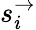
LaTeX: s_{i}^{\rightarrow}